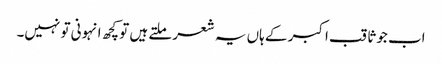
اب جو ثاقب اکبر کے ہاں یہ شعر ملتے ہیں تو کچھ انہونی تو نہیں۔